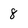
Character: 8